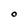
Character: O